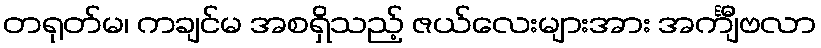
တရုတ်မ၊ ကချင်မ အစရှိသည့် ဇယ်လေးများအား အင်္ကျီဗလာ